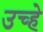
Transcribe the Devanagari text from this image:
उच्हे